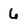
Character: 6